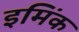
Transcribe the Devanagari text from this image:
इमिंक